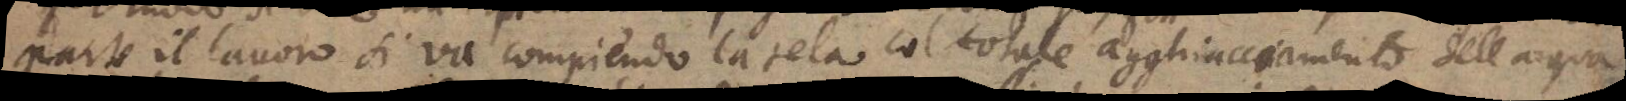
parte il lavoro si va compiendo la tela col totale agghiacciamento dell aqua.